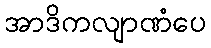
အာဒိကလျာဏံပေ